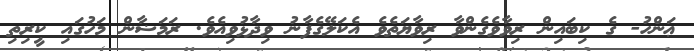
ޢަންހު- ގެ ކިބައިން ރިވާވެގެންވާ ރިވާޔަތެވެ އެކަލޭގެފާނު ވިދާޅުވިއެވެ. ރަމަޟާން މަހުގައި ކީރިތި